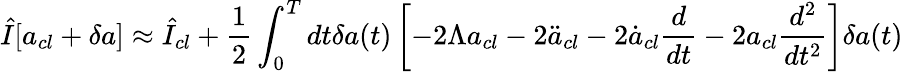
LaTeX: \hat{I}[a_{cl}+\delta a]\approx\hat{I}_{cl}+\frac{1}{2}\int_{0}^{T}dt\delta a(t)\left[-2\Lambda a_{cl}-2\ddot{a}_{cl}-2\dot{a}_{cl}\frac{d}{dt}-2a_{cl}\frac{d^{2}}{dt^{2}}\right]\delta a(t)